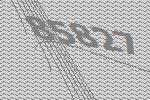
85827